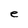
Character: e